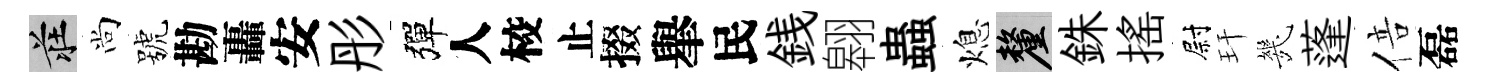
莊尚號勘轟安彤彈人校止掇𦦙民銭翱蟲熄厘銖揺尉玕㡬蓬倍磊